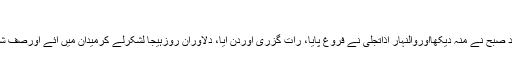
ص۴۴
’’جب آئینہ مِہر میں شاہدِ صبح نے منہ دیکھااوروالنہارِ اذاتجلیٰ نے فروغ پایا، رات گزری اوردن آیا، دلاورانِ روزِہَیجا لشکرلے کرمیدان میں آئے اورصف شکنوں نے پَرے جمائے۔